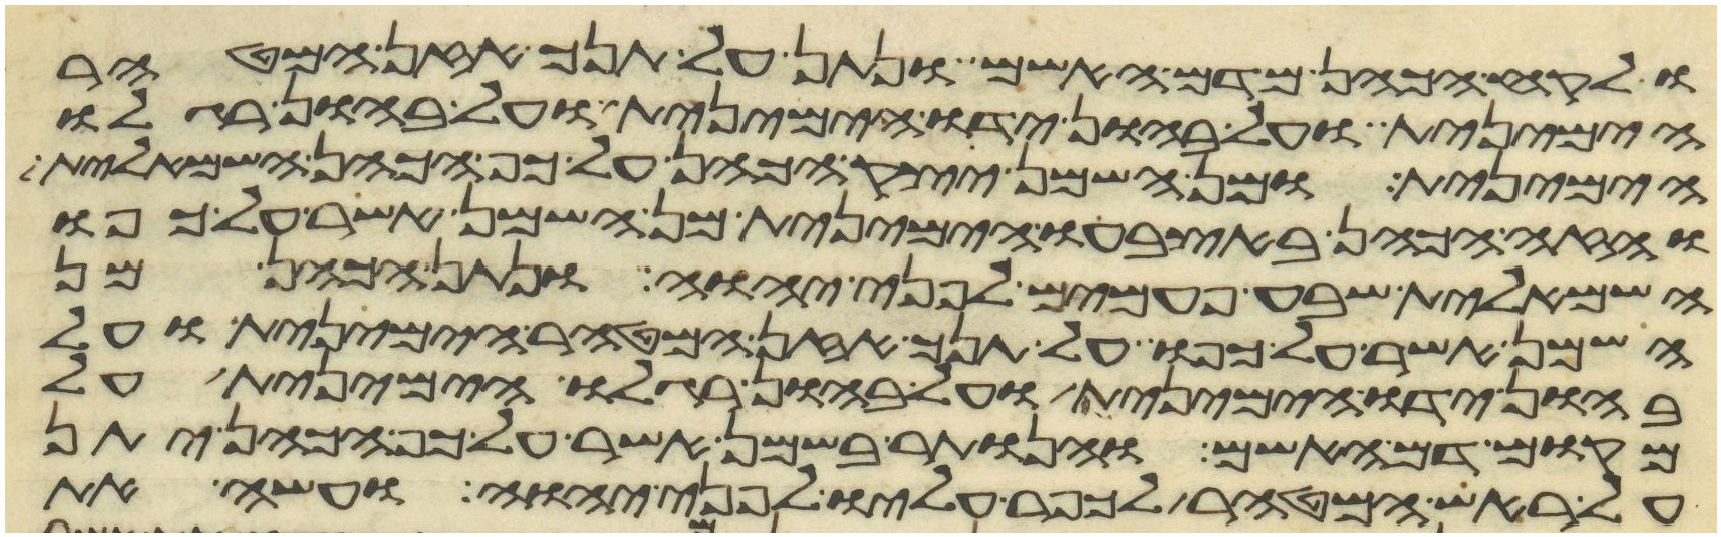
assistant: ולקח הכהן מדם האשם ונתן על תנך אזן המטהר
הימנית ועל בהון ידו הימנית ועל בהון רגלו
הימנית ומן השמן יצק הכהן על כף הכהן השמאלית
והזה הכהן באצבעו הימנית מן השמן אשר על כפו
השמאלית שבע פעמים לפני יהוה ונתן הכהן מן
השמן אשר על כפו על תנך אזן המטהר הימנית ועל
בהון ידו הימנית ועל בהון רגלו הימנית על
מקום דם האשם והנותר בשמן אשר על כף הכהן יתן
על ראש המטהר לכפר עליו לפני יהוה ועשה את